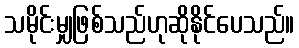
သမိုင်းမျှဖြစ်သည်ဟုဆိုနိုင်ပေသည်။